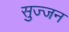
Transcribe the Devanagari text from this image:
सुज्जन